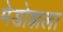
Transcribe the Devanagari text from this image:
मेडोझला